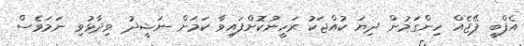
އެފްބީ ޕޭޖެއް ހިންގަމުން ދިޔަ ކުއްޖަކު ރަހީނުކޮށްފައިވާ ކަމަށް ނަޝީދު ވިދާޅުވި ނަމަވެސް